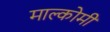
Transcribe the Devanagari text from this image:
माल्कोमी